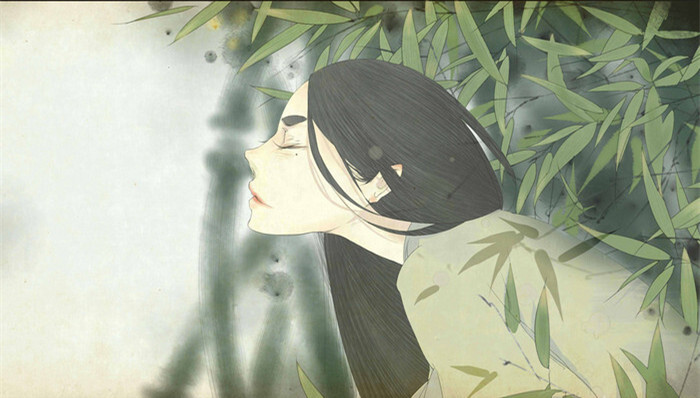
深知身在情长在，怅望江头江水声。